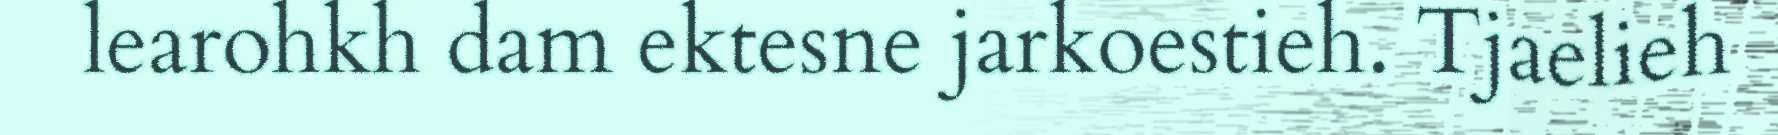
learohkh dam ektesne jarkoestieh. Tjaelieh